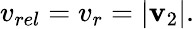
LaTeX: v_{rel}=v_{r}=|\mathbf{v}_{2}|.